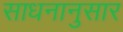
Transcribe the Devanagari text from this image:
साधनानुसार